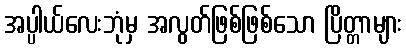
အပ္ပါယ်လေးဘုံမှ အလွတ်ဖြစ်ဖြစ်သော ပြိတ္တာများ